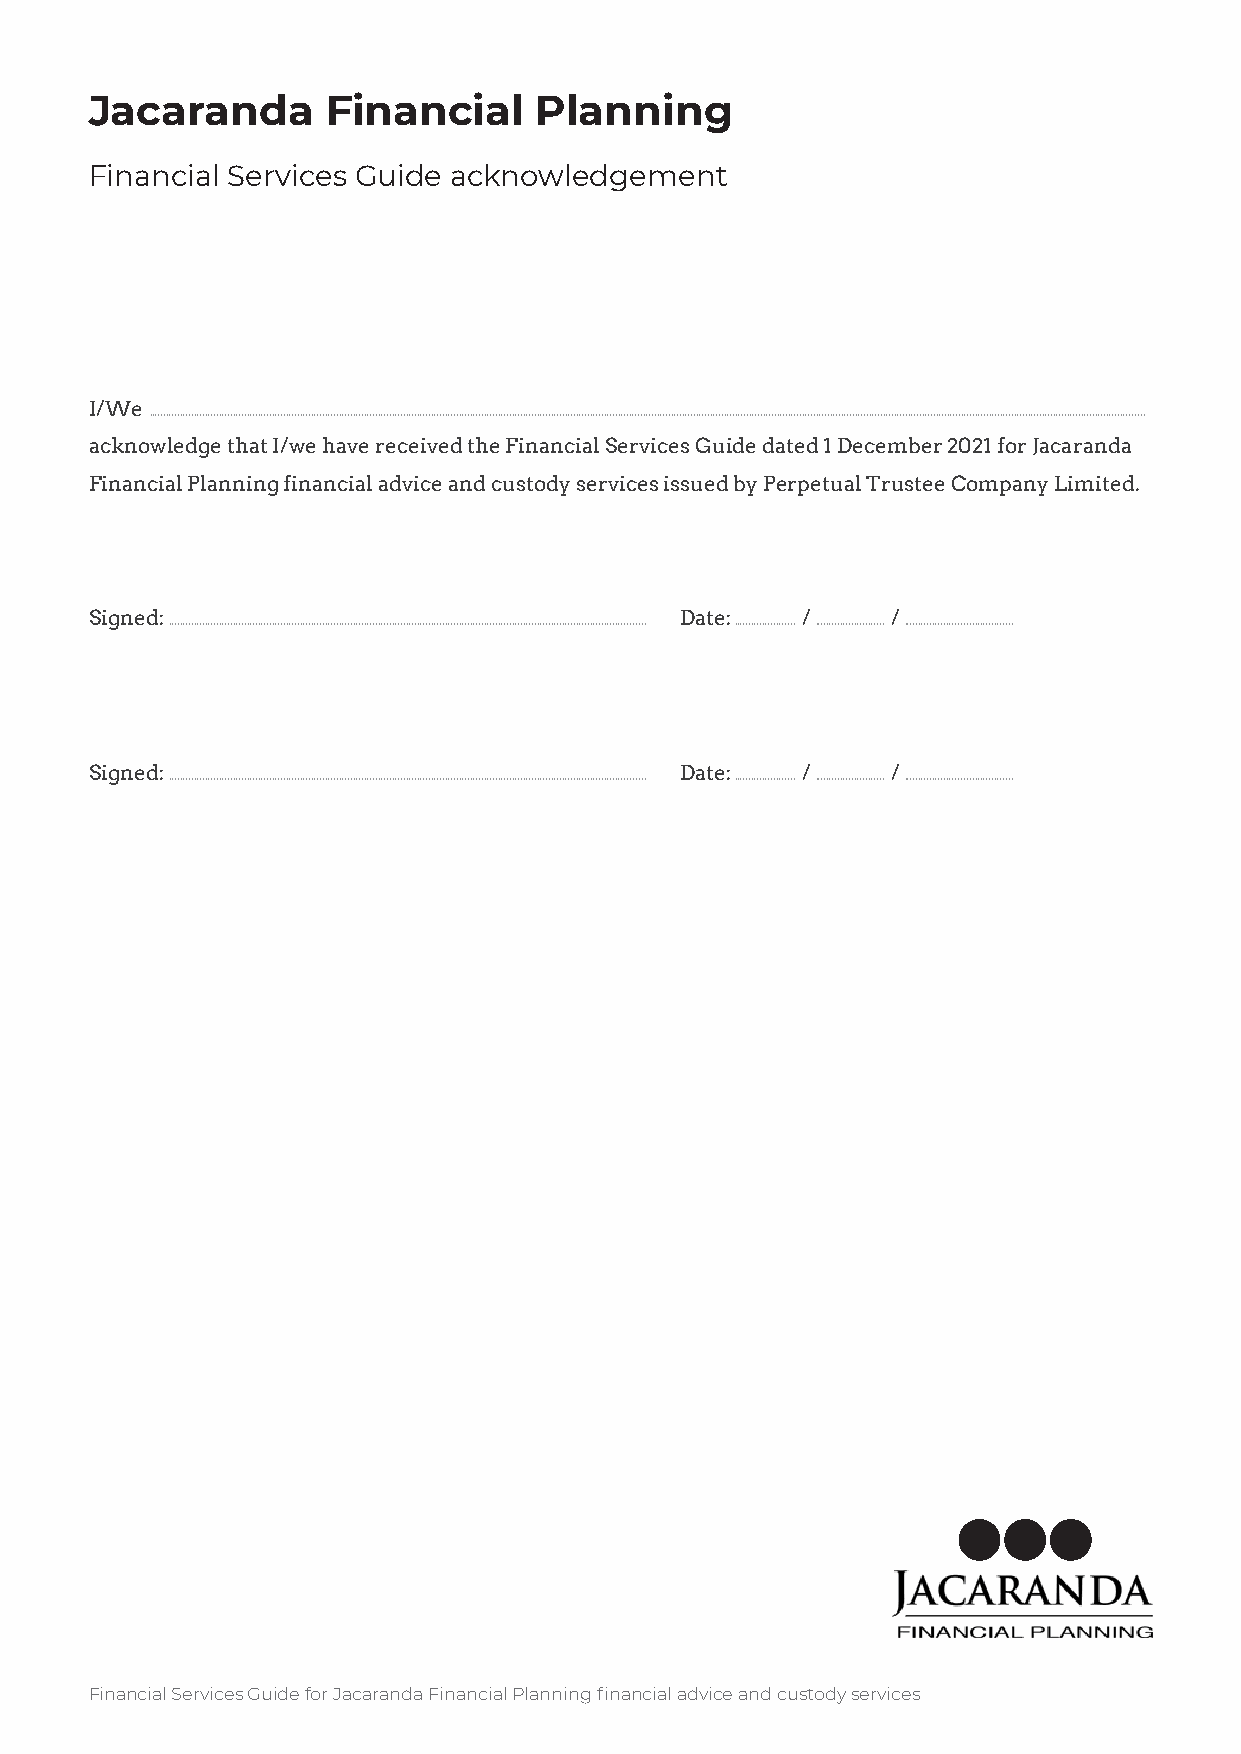
Jacaranda       Financial    Planning
 Financial Services Guide acknowledgement
 I/We
 .....................................................................................................................................................................................................................................................................................................................................................................
 acknowledge that I/we have received the Financial Services Guide dated 1 December 2021 for Jacaranda
 Financial Planning financial advice and custody services issued by Perpetual Trustee Company Limited.
 Signed:                                Date:   /     /
 ........................................................................................................................................................................... ...................... ......................... .......................................
 Signed:                                Date:   /     /
 ........................................................................................................................................................................... ...................... ......................... .......................................
 Financial Services Guide for Jacaranda Financial Planning financial advice and custody services